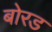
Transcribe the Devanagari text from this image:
बोरड